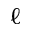
\ell